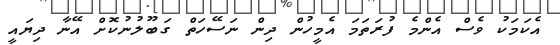
އެކަމަކު ވެސް އެންމެ ފުރަތަމަ އެމީހުން ދިން ނަސޭހަތް ގަބޫލުނުކޮށް އޭނާ ދިޔައީ